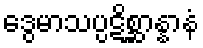
ဒွေမာသပ္ပဋိစ္ဆာန္နာနံ